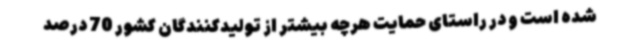
شده است و در راستای حمایت هرچه بیشتر از تولیدکنندگان کشور 70 درصد